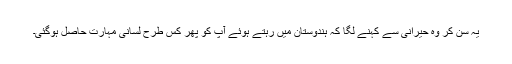
یہ سُن کر وہ حیرانی سے کہنے لگا کہ ہندوستان میں رہتے ہوئے آپ کو پھر کس طرح لسانی مہارت حاصل ہوگئی۔